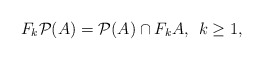
\begin{align*} F_{k} \mathcal{P}(A)=\mathcal{P}(A)\cap F_k A, \: \: k\geq 1, \end{align*}